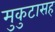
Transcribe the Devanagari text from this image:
मुकुटासह